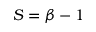
S = \beta - 1